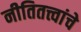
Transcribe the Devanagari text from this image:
नीतितत्त्वांचे